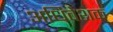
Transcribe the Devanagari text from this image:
अधिवेशक